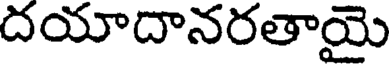
దయాదానరతాయై